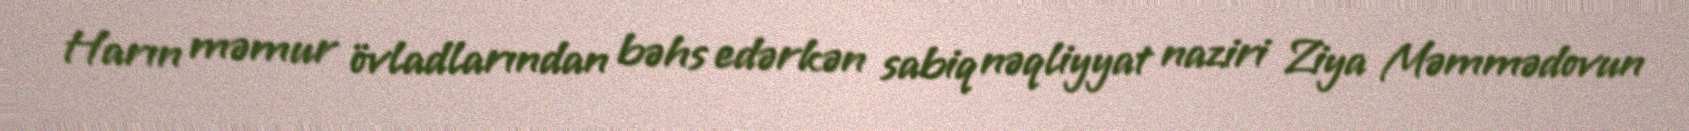
Harın məmur övladlarından bəhs edərkən sabiq nəqliyyat naziri Ziya Məmmədovun